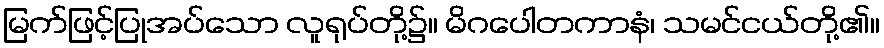
မြက်ဖြင့်ပြုအပ်သော လူရုပ်တို့၌။ မိဂပေါတကာနံ၊ သမင်ငယ်တို့၏။